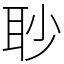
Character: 𦕈